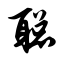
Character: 聪